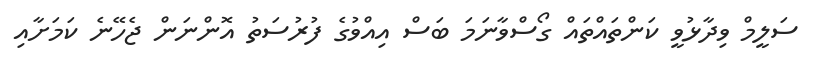
ސަލީމް ވިދާޅުވީ ކަންތައްތައް ގޯސްވާނަމަ ބަސް އިއްވުުގެ ފުރުސަތު އޮންނަން ޖެހޭނެ ކަމަށާއި